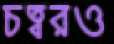
চত্বরও